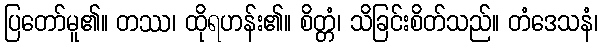
ပြတော်မူ၏။ တဿ၊ ထိုရဟန်း၏။ စိတ္တံ၊ သိခြင်းစိတ်သည်။ တံဒေသနံ၊